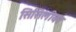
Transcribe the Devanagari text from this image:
सिसिलीवर